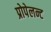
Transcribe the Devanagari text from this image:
प्रोपेलन्ट